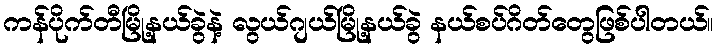
ကန်ပိုက်တီမြို့နယ်ခွဲနဲ့ လွယ်ဂျယ်မြို့နယ်ခွဲ နယ်စပ်ဂိတ်တွေဖြစ်ပါတယ်။